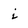
Character: i